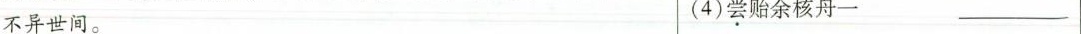
不异世间。(4)尝贻余核舟一 ___